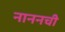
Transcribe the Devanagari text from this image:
नाननची